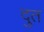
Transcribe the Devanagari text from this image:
दुत